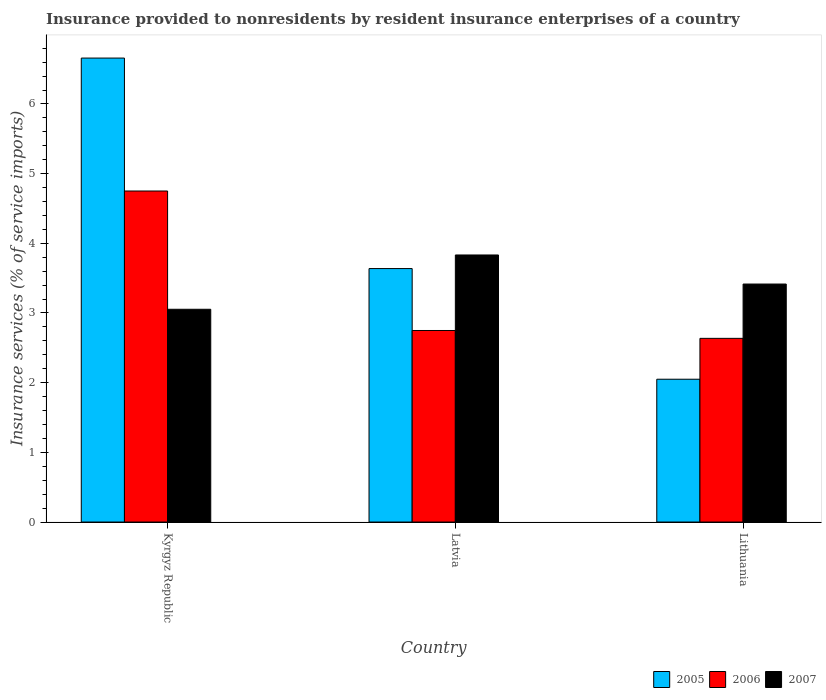
| Country | 2005 | 2006 | 2007 |
 | --- | --- | --- | --- |
 | Kyrgyz Republic | 6.66 | 4.75 | 3.05 |
 | Latvia | 3.64 | 2.75 | 3.83 |
 | Lithuania | 2.05 | 2.64 | 3.42 |